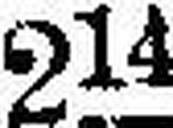
214